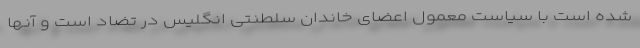
شده است با سیاست معمول اعضای خاندان سلطنتی انگلیس در تضاد است و آنها